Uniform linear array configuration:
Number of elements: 16
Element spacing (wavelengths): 0.75
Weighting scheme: exponential
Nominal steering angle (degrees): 30
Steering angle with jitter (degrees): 30.567
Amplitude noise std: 0.05
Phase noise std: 0.05

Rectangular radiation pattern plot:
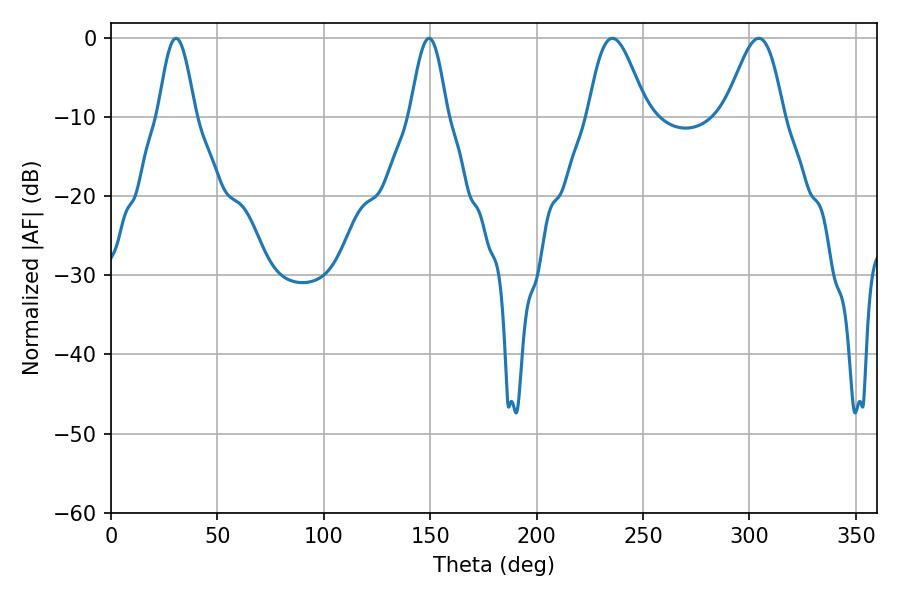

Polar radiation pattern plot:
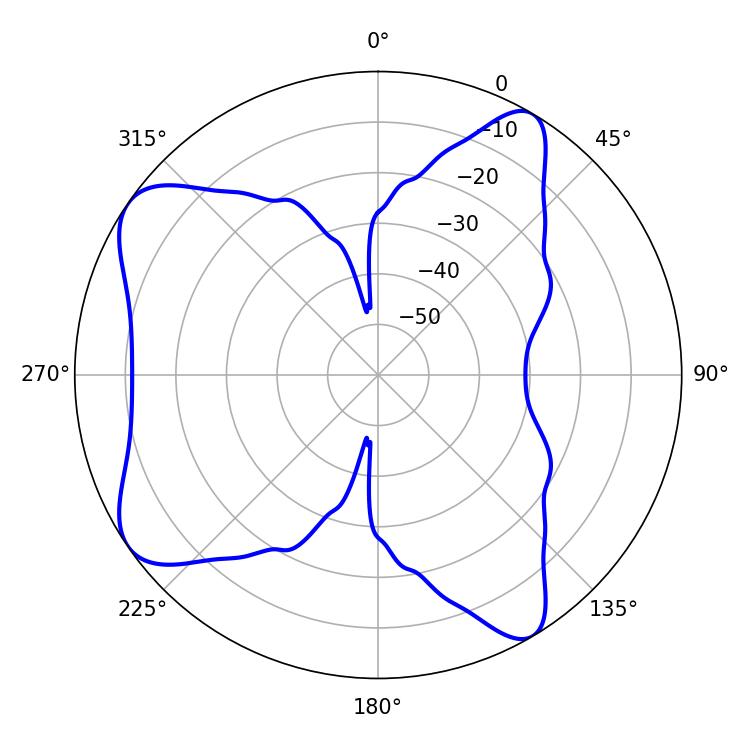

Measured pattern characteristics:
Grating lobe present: TRUE
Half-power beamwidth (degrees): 14.76
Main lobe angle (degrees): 235.62